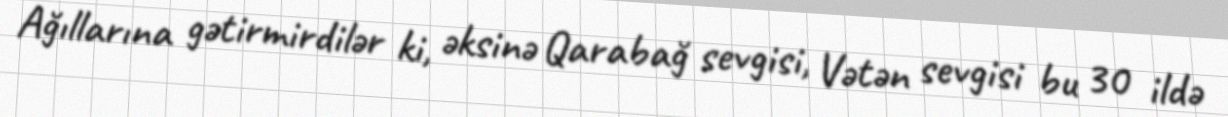
Ağıllarına gətirmirdilər ki, əksinə Qarabağ sevgisi, Vətən sevgisi bu 30 ildə